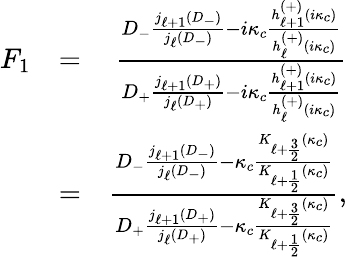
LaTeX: \begin{array}{rlr}{F_{1}}&{=}&{\frac{D_{-}\frac{j_{\ell+1}(D_{-})}{j_{\ell}(D_{-})}-i\kappa_{c}\frac{h_{\ell+1}^{(+)}(i\kappa_{c})}{h_{\ell}^{(+)}(i\kappa_{c})}}{D_{+}\frac{j_{\ell+1}(D_{+})}{j_{\ell}(D_{+})}-i\kappa_{c}\frac{h_{\ell+1}^{(+)}(i\kappa_{c})}{h_{\ell}^{(+)}(i\kappa_{c})}}}\\ &{=}&{\frac{D_{-}\frac{j_{\ell+1}(D_{-})}{j_{\ell}(D_{-})}-\kappa_{c}\frac{K_{\ell+\frac{3}{2}}(\kappa_{c})}{K_{\ell+\frac{1}{2}}(\kappa_{c})}}{D_{+}\frac{j_{\ell+1}(D_{+})}{j_{\ell}(D_{+})}-\kappa_{c}\frac{K_{\ell+\frac{3}{2}}(\kappa_{c})}{K_{\ell+\frac{1}{2}}(\kappa_{c})}},}\end{array}